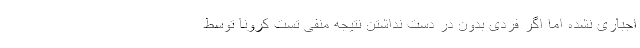
اجباری نشده اما اگر فردی بدون در دست نداشتن نتیجه منفی تست کرونا توسط